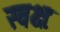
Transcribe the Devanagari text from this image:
स्वक्षः